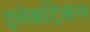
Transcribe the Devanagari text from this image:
इलेकट्रिकल